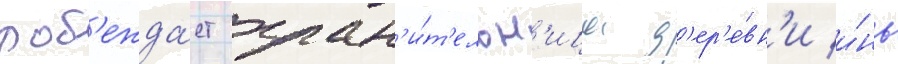
поб'ежда́ет хран'и́т'ельн'ица д'ер'е́вн'и и́нь